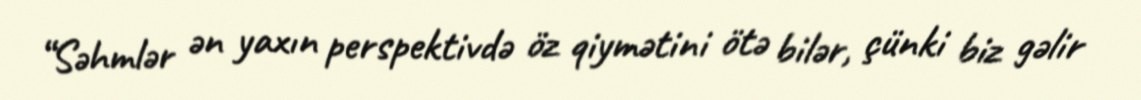
“Səhmlər ən yaxın perspektivdə öz qiymətini ötə bilər, çünki biz gəlir